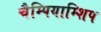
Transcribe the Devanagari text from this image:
चैम्पियाम्शिप